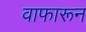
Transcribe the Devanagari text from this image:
वाफारून